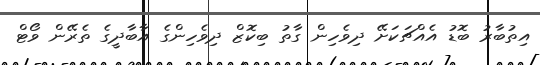
އިތުބާރު ބޮޑު އެއްޗަކަށޭ ދިވެހިން ގާތު ބިކޮޒް ދިވެހިންގެ އާބާދީގެ ތެރޭން ވޯޓް